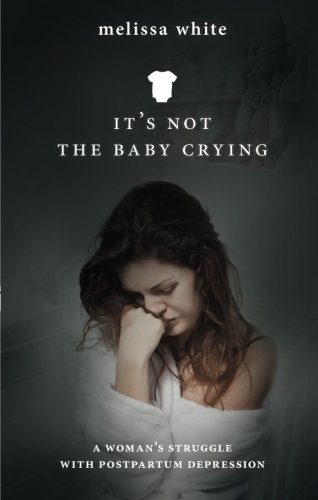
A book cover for It's Not the Baby Crying: A Woman's Struggle with Postpartum Depression; Melissa White; Health, Fitness & Dieting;